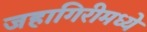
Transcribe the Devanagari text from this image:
जहागिरीमध्‍ये